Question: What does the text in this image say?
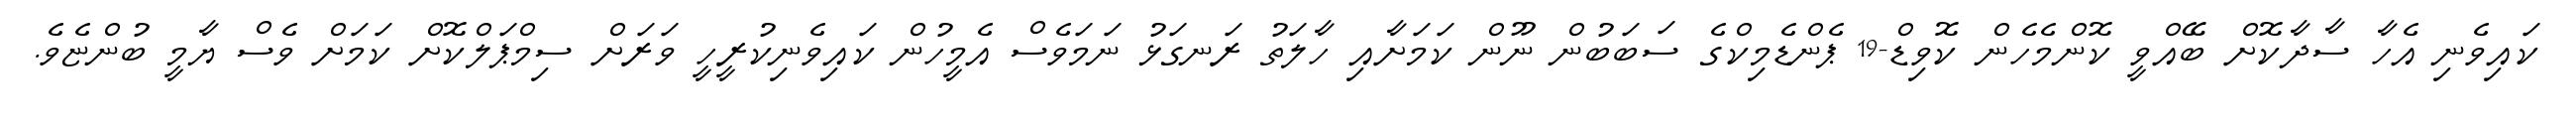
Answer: ކައިވެނި އެހާ ސާދާކޮށް ބޭއްވީ ކޮންމެހެން ކޮވިޑް-19 ޕެންޑެމިކްގެ ސަބަބުން ނޫން ކަމަށާއި ހާލަތު ރަނގަޅު ނަމަވެސް އެމީހުން ކައިވެނިކުރީހީ ވަރަށް ސިމްޕަލްކޮށް ކަމަށް ވެސް ޔާމީ ބުންޏެވެ.